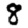
Digit: 8